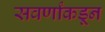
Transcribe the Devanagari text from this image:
सवर्णांकडून